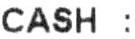
CASH :